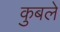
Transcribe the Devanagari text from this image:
कुबले